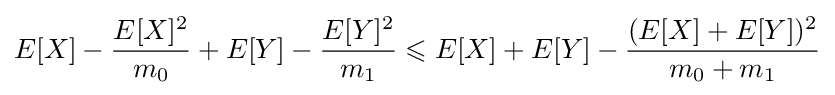
E[X]-{\frac {E[X]^{2}}{m_{0}}}+E[Y]-{\frac {E[Y]^{2}}{m_{1}}}\leqslant E[X]+E[Y]-{\frac {(E[X]+E[Y])^{2}}{m_{0}+m_{1}}}